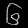
Digit: ၆